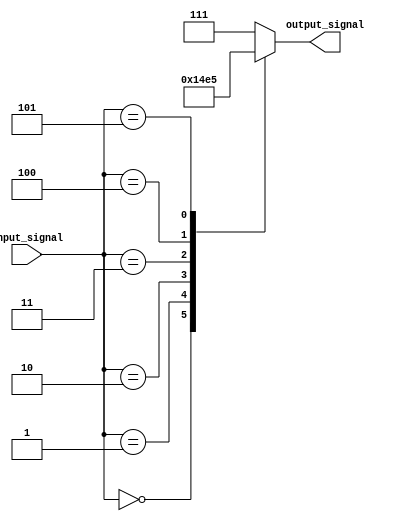
module simple_case_statement (
    input [3:0] input_signal,
    output reg [2:0] output_signal
);

always @* begin
    case (input_signal)
        4'b0000: output_signal = 3'b000; // if input_signal is 0000, output_signal is 000
        4'b0001: output_signal = 3'b001; // if input_signal is 0001, output_signal is 001
        4'b0010: output_signal = 3'b010; // if input_signal is 0010, output_signal is 010
        4'b0011: output_signal = 3'b011; // if input_signal is 0011, output_signal is 011
        4'b0100: output_signal = 3'b100; // if input_signal is 0100, output_signal is 100
        4'b0101: output_signal = 3'b101; // if input_signal is 0101, output_signal is 101
        default: output_signal = 3'b111;  // if input_signal is any other value, output_signal is 111
    endcase
end

endmodule